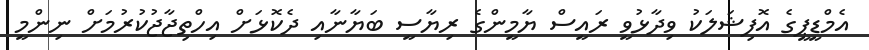
އެމްޑީޕީގެ އޮފިޝަލަކު ވިދާޅުވީ ރައީސް ޔާމީންގެ ރިޔާސީ ބަޔާނާއި ދެކޮޅަށް އިހްތިޖާޖުކުރުމަށް ނިންމީ